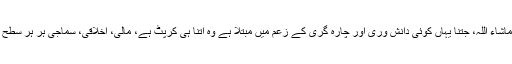
الا ماشاء اللہ، جتنا یہاں کوئی دانش وری اور چارہ گری کے زعم میں مبتلا ہے وہ اتنا ہی کرپٹ ہے، مالی، اخلاقی، سماجی ہر ہر سطح پر۔